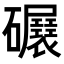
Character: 𥗷